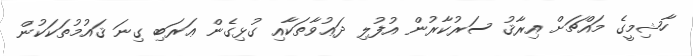
ހާޝިމީގެ މައްޗަށް އިރާޤު ސަރުކާރުން އުފުލި ދަޢުވާތަކާއި ގުޅިގެން ޢަރަބި ގިނަ ޤައުމުތަކަކުން